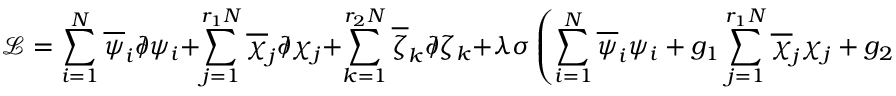
\mathcal { L } = \sum _ { i = 1 } ^ { N } \overline { { { \psi } } } _ { i } \partial \! \! \! \slash \psi _ { i } + \sum _ { j = 1 } ^ { r _ { 1 } N } \overline { { { \chi } } } _ { j } \partial \! \! \! \slash \chi _ { j } + \sum _ { k = 1 } ^ { r _ { 2 } N } \overline { { { \zeta } } } _ { k } \partial \! \! \! \slash \zeta _ { k } + \lambda \sigma \left( \sum _ { i = 1 } ^ { N } \overline { { { \psi } } } _ { i } \psi _ { i } + g _ { 1 } \sum _ { j = 1 } ^ { r _ { 1 } N } \overline { { { \chi } } } _ { j } \chi _ { j } + g _ { 2 } \sum _ { k = 1 } ^ { r _ { 2 } N } \overline { { { \zeta } } } _ { k } \zeta _ { k } \right) .